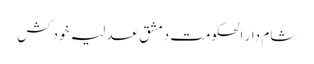
شام دار الحکومت دمشق عدلیہ خودکش